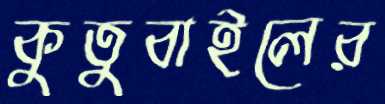
কুতুবাইলের